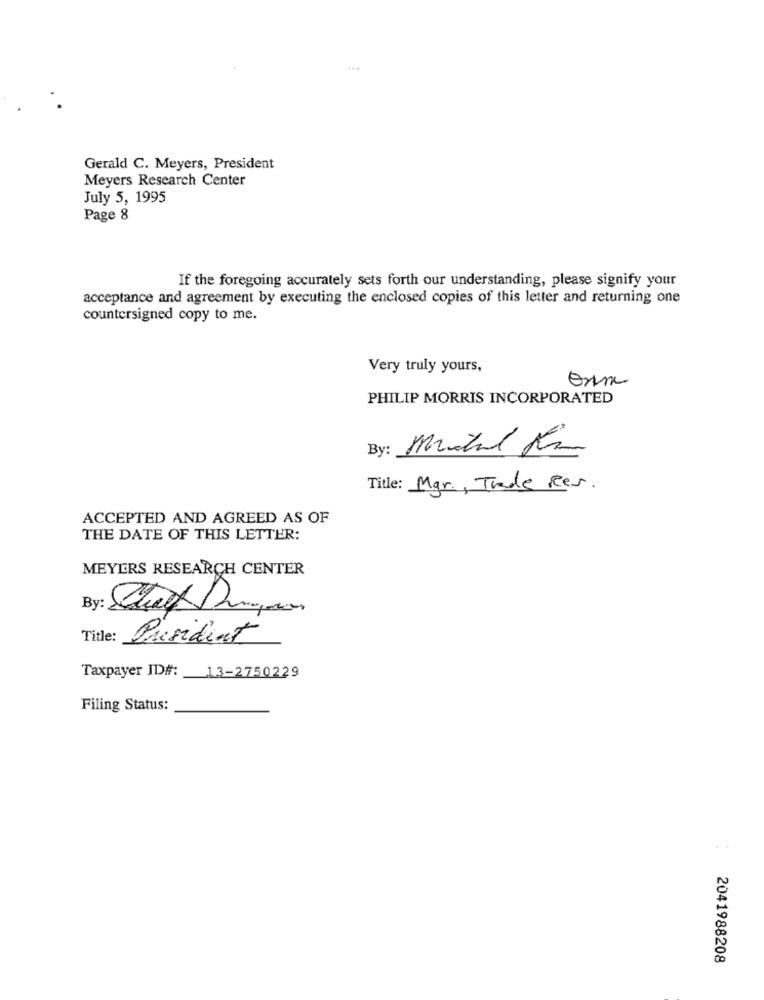
...
Gerald C. Meyers, President
Meyers Research Center
July 5, 1995
Page 8
If the foregoing accurately sets forth our understanding, please signify your
acceptance and agreement by executing the enclosed copies of this letter and returning one
countersigned copy to me.
Very truly yours,
onme
PHILIP MORRIS INCORPORATED
By :
michael Kim
Title: Mgr ., Trade Rev.
ACCEPTED AND AGREED AS OF
THE DATE OF THIS LETTER:
MEYERS RESEARCH CENTER
Title:
President
Taxpayer ID#: 13-2750229
Filing Status:
...
2041988208